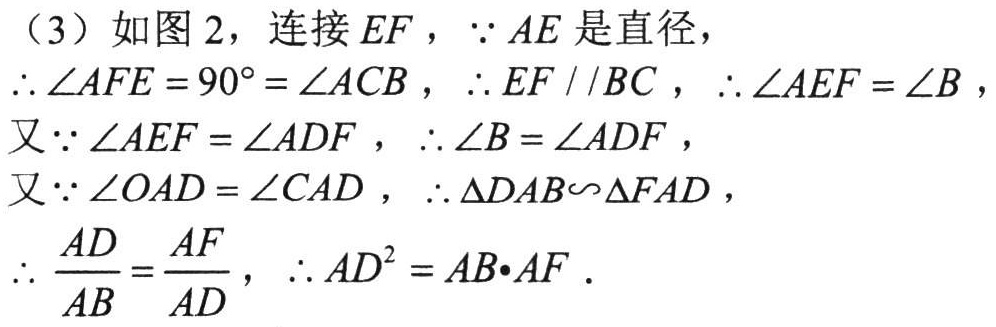
（3）如图 2，连接 \(EF\)，\(\because AE\) 是直径，
\(\therefore\angle AFE = 90^{\circ}=\angle ACB\)，\(\therefore EF\parallel BC\)，\(\therefore\angle AEF=\angle B\)，
又 \(\because\angle AEF=\angle ADF\)，\(\therefore\angle B=\angle ADF\)，
又 \(\because\angle OAD=\angle CAD\)，\(\therefore\triangle DAB\sim\triangle FAD\)，
\(\therefore \dfrac{AD}{AB}=\dfrac{AF}{AD}\)，\(\therefore AD^{2}=AB\cdot AF\)．